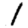
Digit: 1